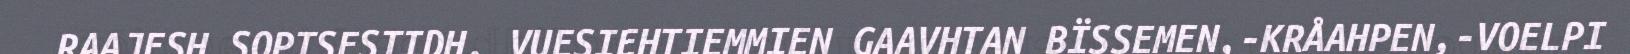
RAAJESH SOPTSESTIDH. VUESIEHTIEMMIEN GAAVHTAN BÏSSEMEN,-KRÅAHPEN,-VOELPI